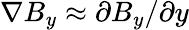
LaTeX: \nabla B_{y}\approx\partial B_{y}/\partial y